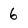
Character: 6